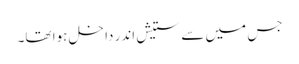
جس میں سے ستیش اندر داخل ہوا تھا۔